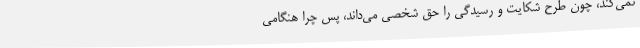
نمی‌کند، چون طرح شکایت و رسیدگی را حق شخصی می‌داند، پس چرا هنگامی